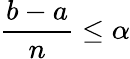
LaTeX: \frac{b-a}{n}\leq\alpha